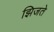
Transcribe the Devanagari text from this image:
झिजते